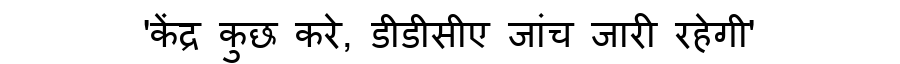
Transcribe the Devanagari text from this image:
'केंद्र कुछ करे, डीडीसीए जांच जारी रहेगी'